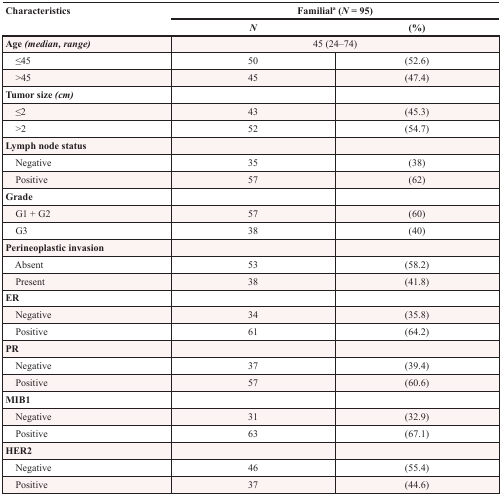
<table><thead><tr><td rowspan="2"><b>Characteristics</b></td><td colspan="2"><b>Familial<sup>a</sup> (<i>N</i> = 95)</b></td></tr><tr><td><b><i>N</i></b></td><td><b>(%)</b></td></tr></thead><tbody><tr><td><b>Age <i>(median, range)</i></b></td><td colspan="2">45 (24–74)</td></tr><tr><td> ≤45</td><td>50</td><td>(52.6)</td></tr><tr><td> &gt;45</td><td>45</td><td>(47.4)</td></tr><tr><td><b>Tumor size <i>(cm)</i></b></td><td></td><td></td></tr><tr><td> ≤2</td><td>43</td><td>(45.3)</td></tr><tr><td> &gt;2</td><td>52</td><td>(54.7)</td></tr><tr><td><b>Lymph node status</b></td><td></td><td></td></tr><tr><td> Negative</td><td>35</td><td>(38)</td></tr><tr><td> Positive</td><td>57</td><td>(62)</td></tr><tr><td><b>Grade</b></td><td></td><td></td></tr><tr><td> G1 + G2</td><td>57</td><td>(60)</td></tr><tr><td> G3</td><td>38</td><td>(40)</td></tr><tr><td><b>Perineoplastic invasion</b></td><td></td><td></td></tr><tr><td> Absent</td><td>53</td><td>(58.2)</td></tr><tr><td> Present</td><td>38</td><td>(41.8)</td></tr><tr><td><b>ER</b></td><td></td><td></td></tr><tr><td> Negative</td><td>34</td><td>(35.8)</td></tr><tr><td> Positive</td><td>61</td><td>(64.2)</td></tr><tr><td><b>PR</b></td><td></td><td></td></tr><tr><td> Negative</td><td>37</td><td>(39.4)</td></tr><tr><td> Positive</td><td>57</td><td>(60.6)</td></tr><tr><td><b>MIB1</b></td><td></td><td></td></tr><tr><td> Negative</td><td>31</td><td>(32.9)</td></tr><tr><td> Positive</td><td>63</td><td>(67.1)</td></tr><tr><td><b>HER2</b></td><td></td><td></td></tr><tr><td> Negative</td><td>46</td><td>(55.4)</td></tr><tr><td> Positive</td><td>37</td><td>(44.6)</td></tr></tbody></table>